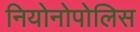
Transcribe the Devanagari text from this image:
नियोनोपोलिस